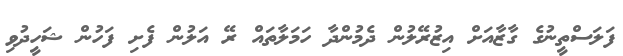
ފަލަސްތީނުގެ ގާޒާއަށް އިޒުރޭލުން ދެމުންދާ ހަމަލާތައް ރޭ އަލުން ފެށި ފަހުން ޝަހީދުވި